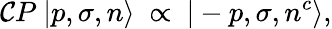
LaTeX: \mathcal{C}P\ |p,\sigma,n\rangle\ \propto\ |-p,\sigma,n^{c}\rangle,